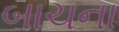
બાચના